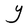
Character: Y